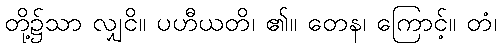
တို့၌သာ လျှငိ။ ပဟီယတိ၊ ၏။ တေန၊ ကြောင့်။ တံ၊